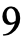
9